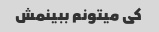
کی میتونم ببینمش